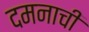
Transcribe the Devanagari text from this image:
दमनाची